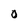
Character: 0